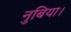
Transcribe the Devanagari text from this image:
नुबिया।